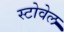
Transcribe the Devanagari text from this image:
स्टोवेल